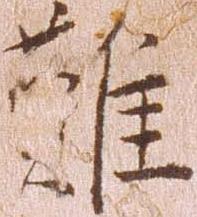
難